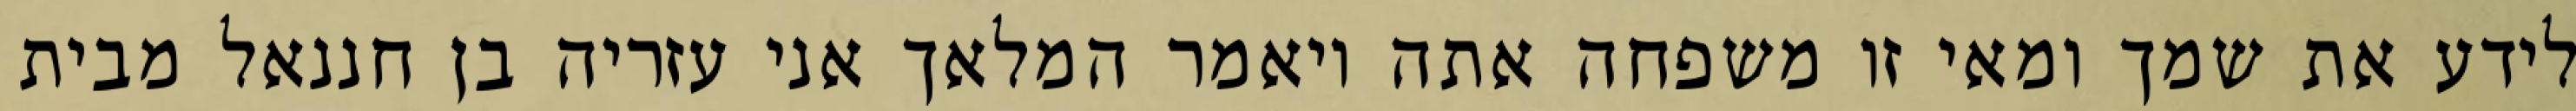
לידע את שמך ומאי זו משפחה אתה ויאמר המלאך אני עזריה בן חננאל מבית